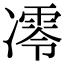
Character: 𪞮